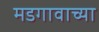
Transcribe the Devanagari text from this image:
मडगावाच्या